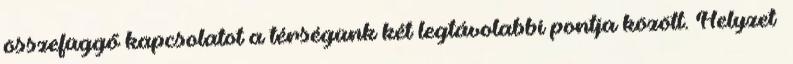
összefüggő kapcsolatot a térségünk két legtávolabbi pontja között. Helyzet